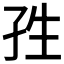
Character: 𭒿